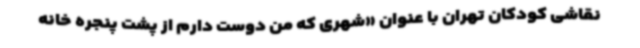
نقاشی کودکان تهران با عنوان «شهری که من دوست دارم از پشت پنجره خانه